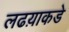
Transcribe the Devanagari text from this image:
लढय़ाकडे